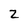
Character: z